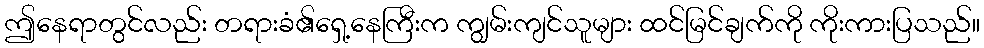
ဤနေရာတွင်လည်း တရားခံ၏ရှေ့နေကြီးက ကျွမ်းကျင်သူများ ထင်မြင်ချက်ကို ကိုးကားပြသည်။